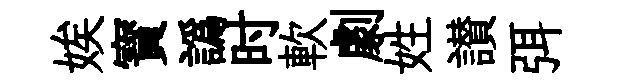
娭寳譌时軟劇姓讃弭